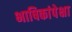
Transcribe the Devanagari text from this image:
भाषिकांपेक्षा